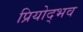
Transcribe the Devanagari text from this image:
प्रियोद्भव